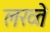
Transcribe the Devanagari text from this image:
लख्ते